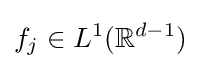
f_{j}\in L^{1}(\mathbb {R} ^{d-1})